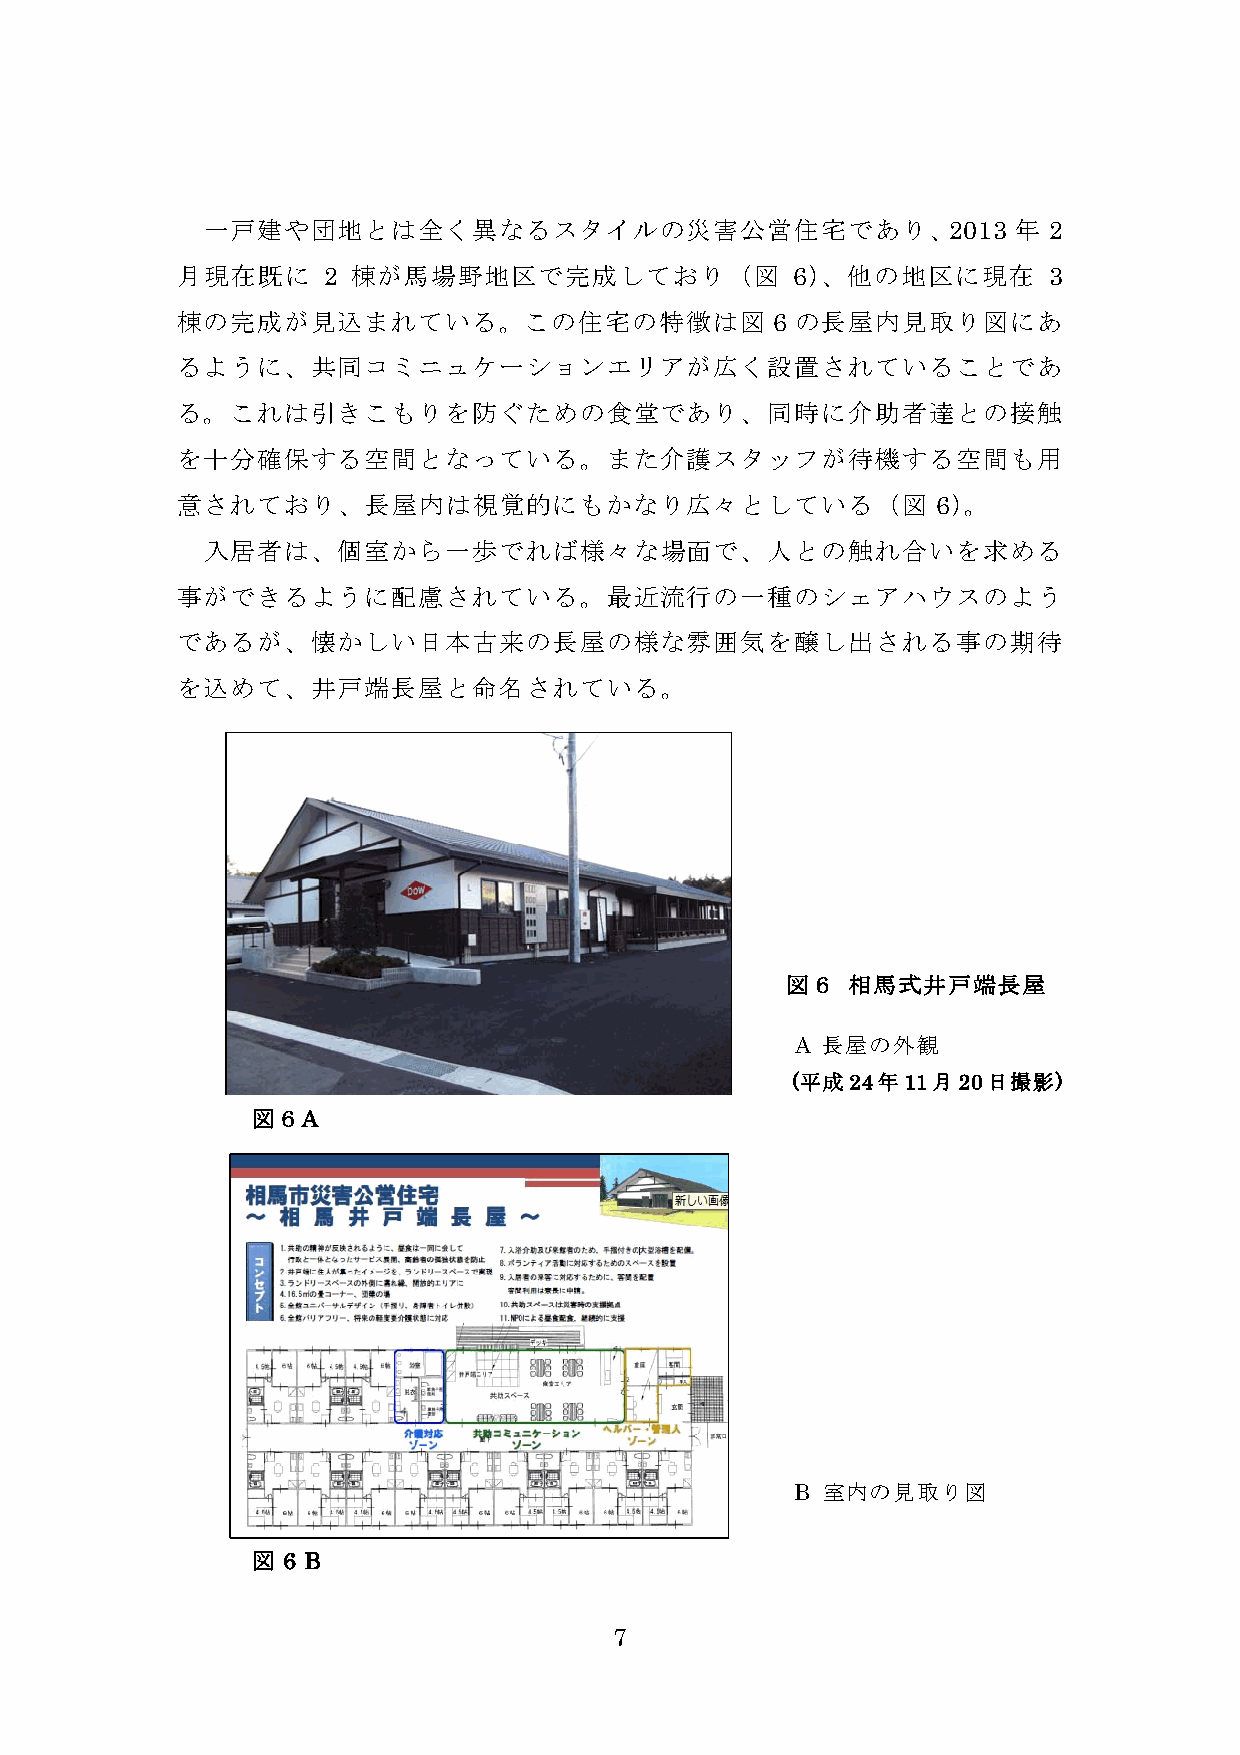
一戸建や団地とは全く異なるスタイルの災害公営住宅であり、2013                     年 2
 月現在既に    2 棟が馬場野地区で完成しており（図             6）、他の地区に現在       3
 棟の完成が見込まれている。この住宅の特徴は図                 6 の長屋内見取り図にあ
 るように、共同コミニュケーションエリアが広く設置されていることであ
 る。これは引きこもりを防ぐための食堂であり、同時に介助者達との接触
 を十分確保する空間となっている。また介護スタッフが待機する空間も用
 意されており、長屋内は視覚的にもかなり広々としている（図                      6）。
 入居者は、個室から一歩でれば様々な場面で、人との触れ合いを求める
 事ができるように配慮されている。最近流行の一種のシェアハウスのよう
 であるが、懐かしい日本古来の長屋の様な雰囲気を醸し出される事の期待
 を込めて、井戸端長屋と命名されている。
 図６  相馬式井戸端長屋
 A 長屋の外観
 (平成24年11月20日撮影)
 図６A
 B 室内の見取り図
 図 6 B
 7